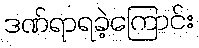
ဒဏ်ရာရခဲ့ကြောင်း